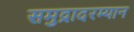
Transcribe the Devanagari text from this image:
समुद्रादरम्यान